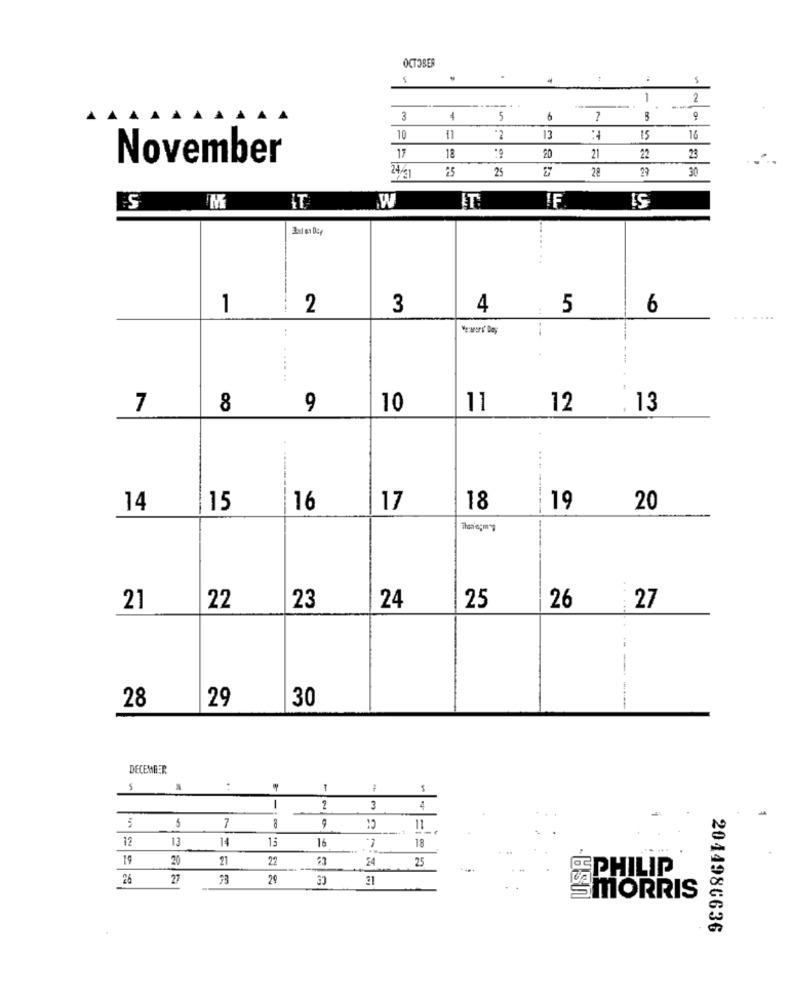
OCTOBER
1
2
-
3
5
6
7
10
13
15
16
November
17
18
20
21
22
23
25 25
28
29
30
24/1
IF
S
M
IT
W
1
2
3
4
5
6
.. ......
7
8
9
10
11
12
13
14
15
16
17
18
19
20
--- ----
21
22
23
24
25
26
27
.....
30
28
29
DECEMBER
-
1
3
4
5
7
9
10
11
12
13
14
13
16
18
19
20
21
22
25
24
26
27
73
29
31
EPHILIP
MORRIS
2044986636